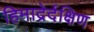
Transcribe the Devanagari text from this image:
हिमाद्रेर्दक्षिण